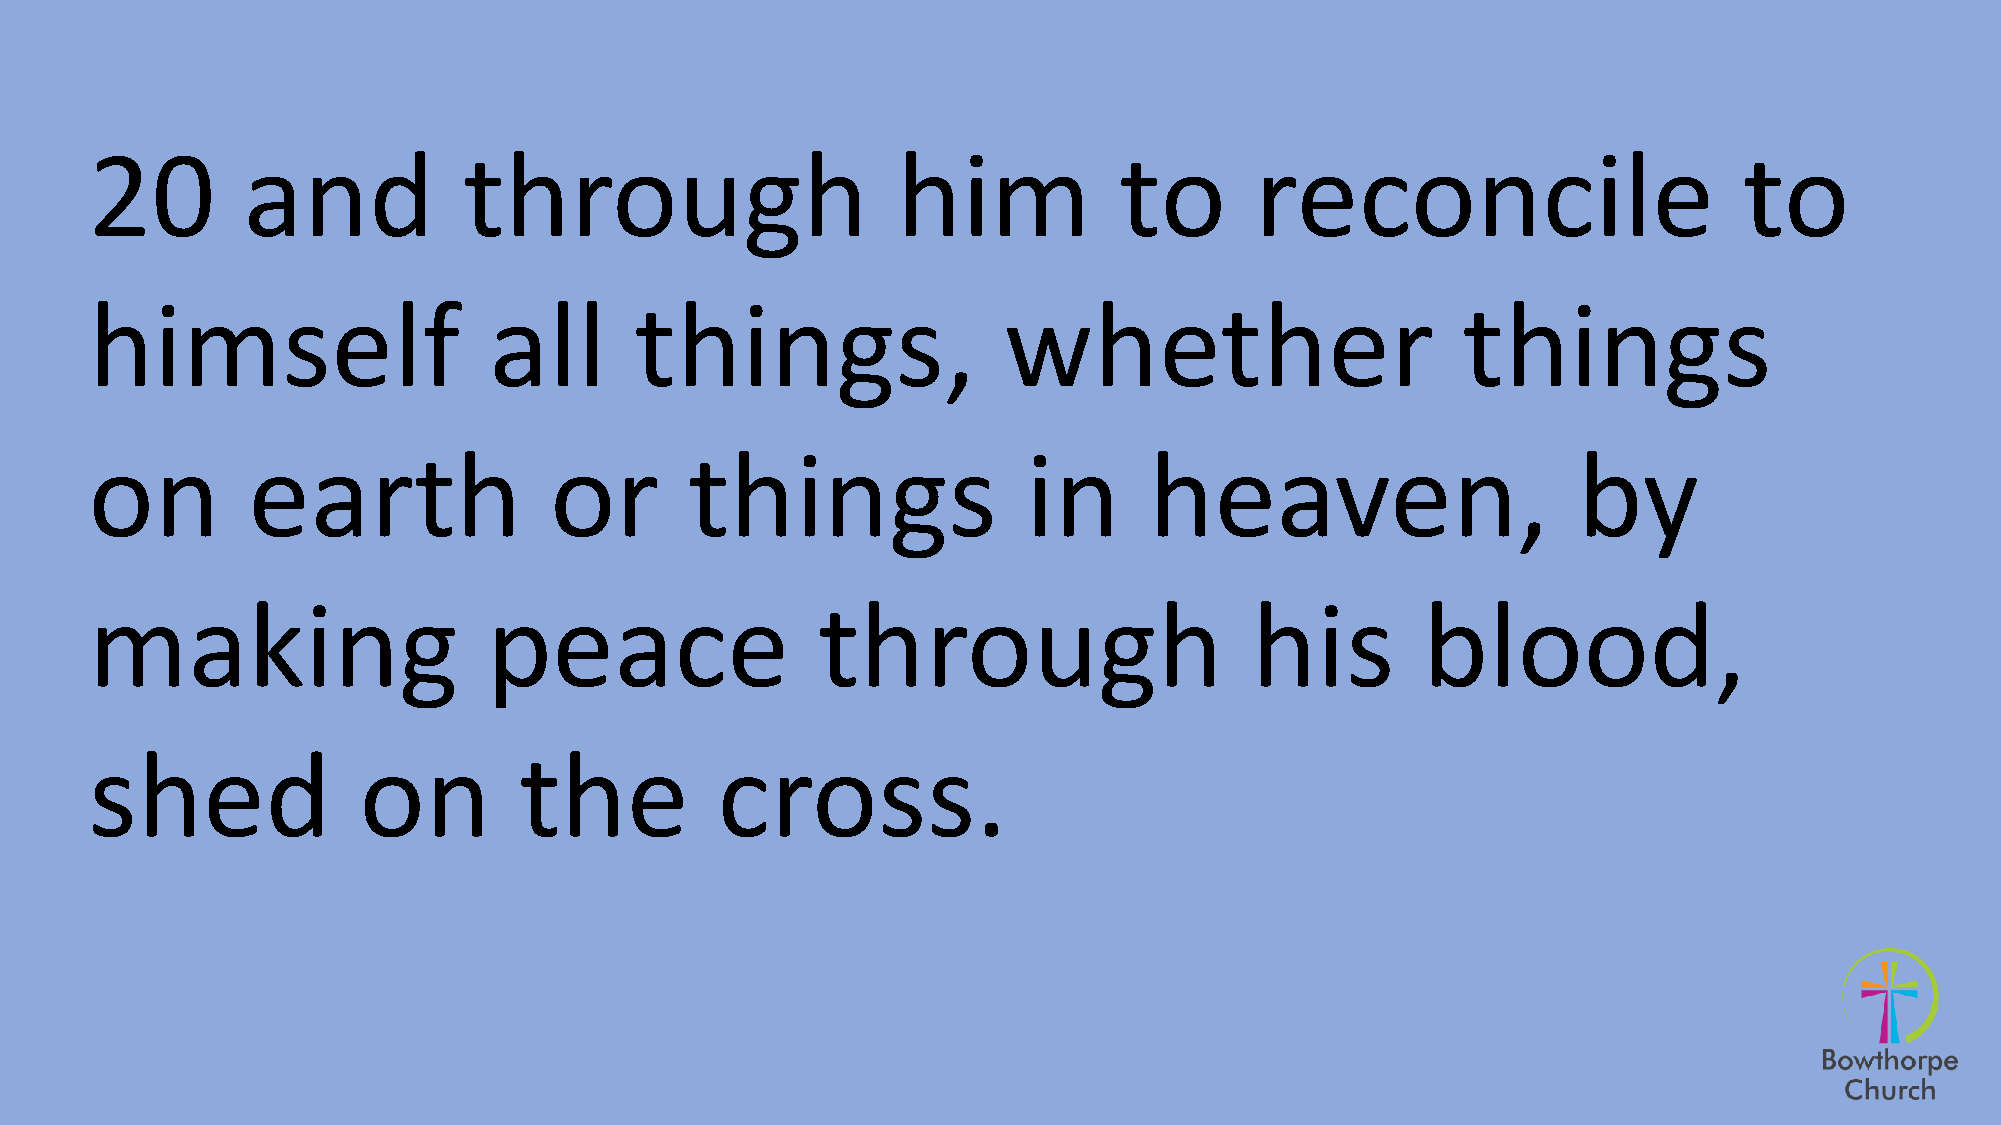
20        and            through                     him            to       reconcile                       to
 himself                   all       things,                 whether                        things
 on        earth               or        things                in      heaven,                     by
 making                    peace                 through                      his        blood,
 shed              on        the          cross.